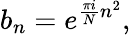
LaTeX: b_{n}=e^{{\frac{\pi i}{N}}n^{2}},